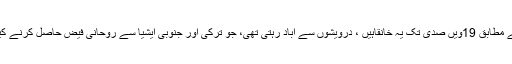
ایک معمر ازبک تیمور تیلیفاف کے مطابق 19ویں صدی تک یہ خانقاہیں ، درویشوں سے آباد رہتی تھی، جو ترکی اور جنوبی ایشیا سے روحانی فیض حاصل کرنے کیلئے ازبکستان کا رخ کرتے تھے۔